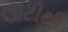
ઊટીથી